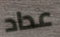
عداد